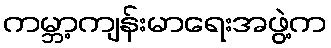
ကမ္ဘာ့ကျန်းမာရေးအဖွဲ့က